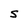
Character: S